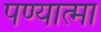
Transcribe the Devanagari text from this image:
पण्यात्मा